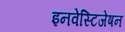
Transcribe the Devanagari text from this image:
इनवेस्टिजेषन